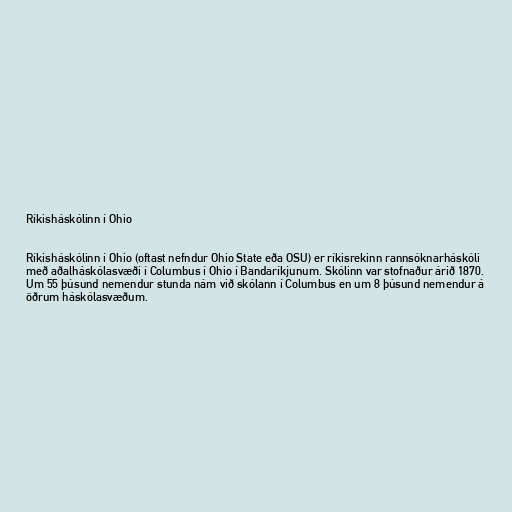
Ríkisháskólinn í Ohio

Ríkisháskólinn í Ohio (oftast nefndur Ohio State eða OSU) er ríkisrekinn rannsóknarháskóli
með aðalháskólasvæði í Columbus í Ohio í Bandaríkjunum. Skólinn var stofnaður árið 1870.
Um 55 þúsund nemendur stunda nám við skólann í Columbus en um 8 þúsund nemendur á
öðrum háskólasvæðum.